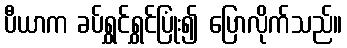
ပီယာက ခပ်ရွှင်ရွှင်ပြုံး၍ ပြောလိုက်သည်။